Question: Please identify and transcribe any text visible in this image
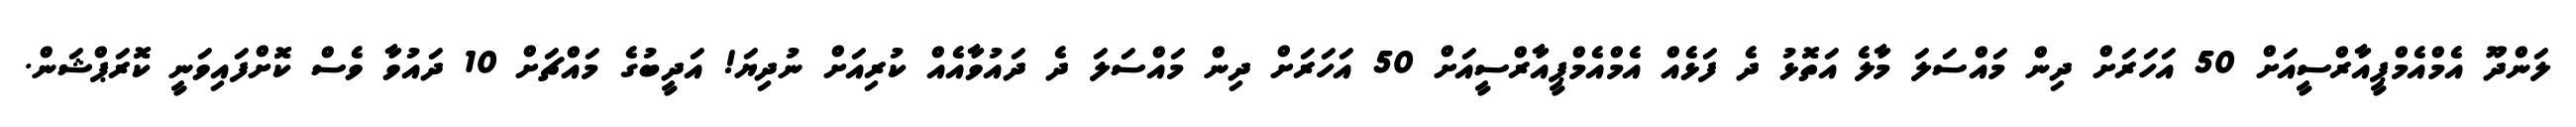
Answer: ލަންދޫ އެމްއެމްޕީއާރްސީއަށް 50 އަހަރަށް ދިން މައްސަލަ މާލެ އަތޮޅު ދެ ފަޅެއް އެމްއެމްޕީއާރްސީއަށް 50 އަހަރަށް ދިން މައްސަލަ ދެ ދައުވާއެއް ކުރިއަށް ނުދިޔަ! އަދީބުގެ މައްޗަށް 10 ދައުވާ ވެސް ކޮށްފައިވަނީ ކޮރަޕްޝަން.